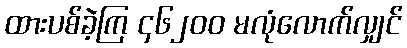
ထားပစ်ခဲ့ကြ ၄၆၂၀၀ မလုံလောက်လျှင်